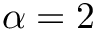
\alpha = 2